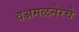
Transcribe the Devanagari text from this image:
वअमळनेरचे